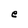
Character: e